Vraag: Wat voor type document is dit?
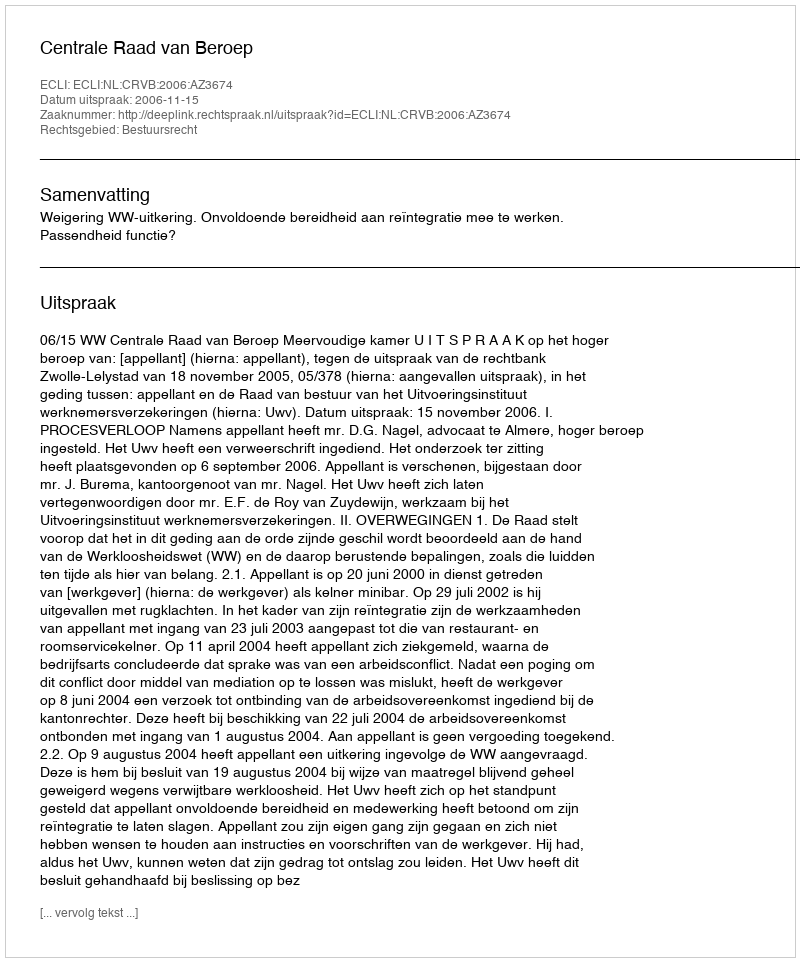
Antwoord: Uitspraak